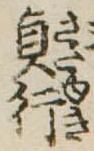
貞行